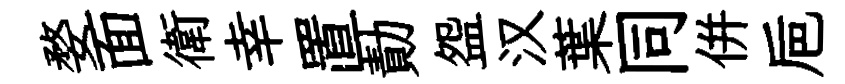
婺面衛幸置勣盌汉葉同併巵